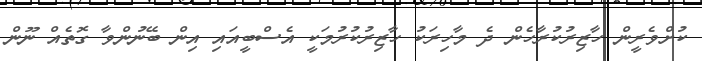
ކުށްވެރީން ހާޒިރުކުރާހެން ދެ މާހިރަކު ހާޒިރުކުރުމަކީ އެސްބީއައި އިން ބޭނުންވާ ގޮތެއް ނޫން